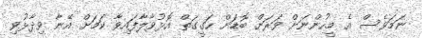
ނަމަވެސް އެ މީހުންނަށް ވަރަށް ބޮޑަށް ހަގީގަތް އޮޅުވާލާފައިވާ ކަމަށް އޭނާ ވިދާޅުވި